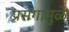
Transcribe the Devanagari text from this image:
प्रसंगामुळे